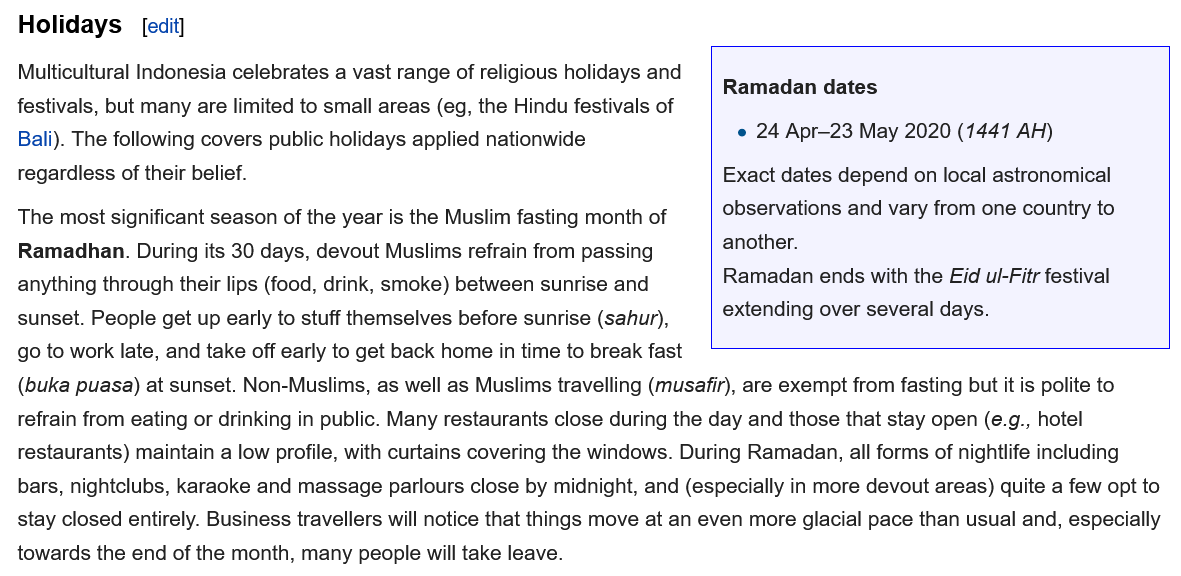
The most significant season of the year is the Muslim fasting month of
  Ramadhan. During its 30 days, devout Muslims refrain from passing
  anything through their lips (food, drink, smoke) between sunrise and
  sunset. People get up early to stuff themselves before sunrise (sahur),
  go to work late, and take off early to get back home in time to break fast
  Multicultural Indonesia celebrates a vast range of religious holidays and
  festivals, but many are limited to small areas (eg, the Hindu festivals of
  Bali). The following covers public holidays applied nationwide
  regardless of their belief.
  Holidays    [edit]
  (buka puasa) at sunset. Non-Muslims, as well as Muslims travelling (musafir), are exempt from fasting but it is polite to
  refrain from eating or drinking in public. Many restaurants close during the day and those that stay open (e.g., hotel
  restaurants) maintain a low profile, with curtains covering the windows. During Ramadan, all forms of nightlife including
  bars, nightclubs, karaoke and massage parlours close by midnight, and (especially in more devout areas) quite a few opt to
  stay closed entirely. Business travellers will notice that things move at an even more glacial pace than usual and, especially
  towards the end of the month, many people will take leave.
     Ramadan dates
     24 Apr-23 May 2020 (1441 AH)
     Ramadan ends with the Eid ul-Fitr festival
     extending over several days.
     Exact dates depend on local astronomical
     observations and vary from one country to
     another.